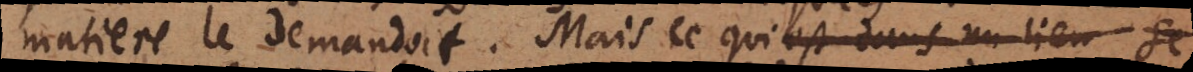
matiere le demandoit. Mais ce qui est dans un lieu se